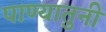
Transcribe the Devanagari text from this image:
पाण्यातुनी